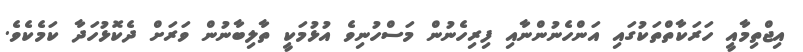
އިޖްތިމާއީ ހަރަކާތްތަކުގައި އަންހެނުންނާއި ފިރިހެނުން މަސްހުނިވެ އުޅުމަކީ ތާލިބާނުން ވަރަށް ދެކޮޅުހަދާ ކަމެކެވެ.